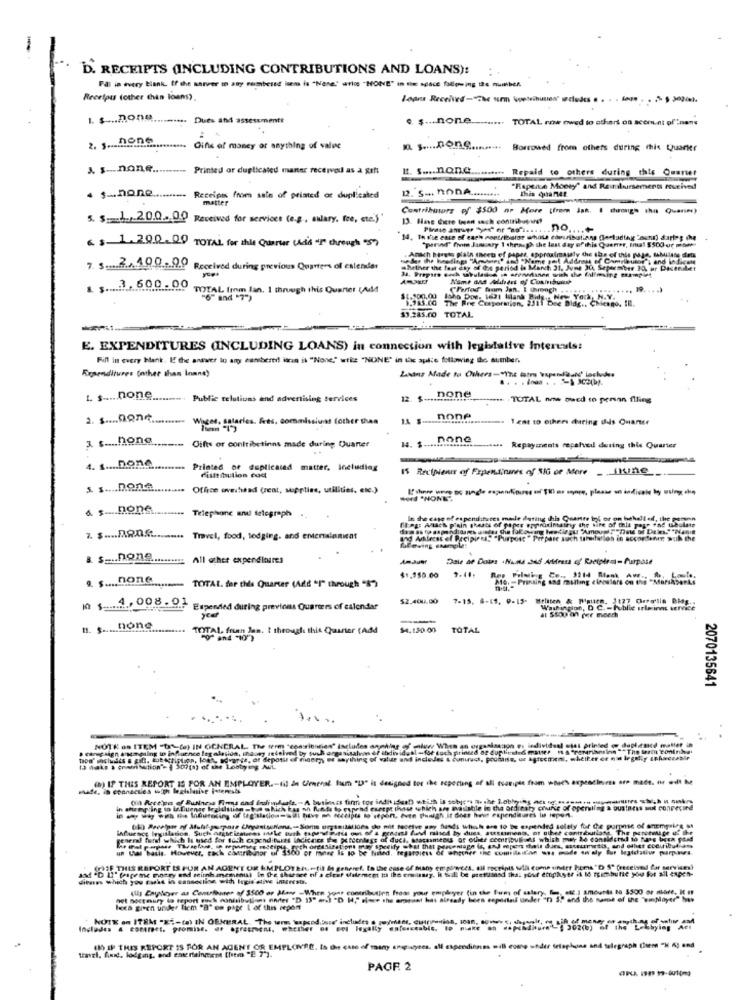
D. RECEIPTS (INCLUDING CONTRIBUTIONS AND LOANS):
Fal in every blank. If the antver in asy combesed lem is "None"" ario "NONE" in tix space following the number
Receipus (other than loans)
1. $ ... none
ta. Dues and assessmentt
e. $ -.. none ........ TOTAL now owed to others on sconunt of'inans
e $ ... none
:
ata Gins of money or anything of valve
n $ .... none.
Borrowed from others during this Quarter
J. $-none ...
---- Printed or duplicated manter received as a gift
I. s .... none.
ms ..... Repaid to others during this Quarter
. s-hone
22. S -. nonA ..
"Rapence Moety" and Reislersements reveived
This quanet.
........ Receipt from sale of printed or duplicated
matter
Contributors of $500 np More (from Jak. I dwong" tha Quanm)
5. $ 1,200.00 Received for services (e.g ., awary, fee, etc.)'
13. Have dicte tosen sech contribopinet
.no .... +
& $ 1.200.00 TOTAL for this Quarter (Ais "" through "S)
"period" from January 1 through the last day of this Quener, Imal $500 ur momme
Heder the headings "Armband" and "Nome pal Address of Chmellettog", and indicete
Anach hirste glals sheets of paper, approximately the sle of this page, sahlane deta
7 $ .....?.... 40.0 ..... 0 Received during previous Quarters of estersler
34. Prepare doch salulast & ch oreorkanen with the filming stamp Ft
Bether the last day of die period la Manch 31, June 30, Sepaesiber 30, ar Pasemilet
Name and Alleest of Contribuiuk
. s ...... .. 6.0.0 . 00
TOTAL from lan. 1 through this Quarter (MM
Crerfod" from Jan. I Chronch ...... ........... 39. ... )
Isha Dos- 1621 Milank Pids .. New York, N.Y.
The Pre Ciapermien, 2311 Dee Bidg .. Chicago, Il.
$3.285.00 TOTAL
E. EXPENDITURES (INCLUDING LOANS) in connection with legislative Interests:
Fill in every blank. If the answer to amg canbered inn il "None" wri "NONE" in the aplie following the number.
Expenditures (other than Inans)
none
1. $ ... none
Public relations and advertising services
12. $-
TUTAL now oued to perenn flling
.......
Winger, salarle
fiets, commissiust fother than
none
Teat to others during dis Ouanee
3 ..... hong
none
Oifts or conltibetinns made during Quarter
14. $ .......
Repayments repelved during this Quarter
4. 1 .... Donc
Printed or duplicaced matter, Including
15 Recipient of Frpendinines of SG of More - Line
Filltibulion cod
Office overhead (rent, sprties, utilities, etc.)
-"NONE".
Telephone and telegraph ..
flag: Auch plain ghosts of paper erproximatry the wife of this page "he utbola
In the case of expenditures made during this Quante tol or on hahalied, the person
Travel, food, tedging. and entersionicat
and Address of Recipient, "Purpose " Perpare suach tamifallos in accordoner; with the
Leving example:
& $=Polisenssssssss All other expenditures
Dais af Dotes .Nund Jed Alfrasi of Roetplem- Purpose
9. $ .... none
TOTAL. far this Quarter (Add "I" through "%")
$1.150.00
9.44,
4,008.01
$2.400.00 7-15. 8-11, 9-13-
Expended during previons Quarters of calendar
year
Washington, D C. - Publie irle innt service
.... none
TOTAL, fren Jan. t through this Quarter (Add
$4.120.00
TOTAL
2070135641
NOTE os ITEM "DA (e) IN OCNERAL. The term "contribities" includes angehlar of luwe When an organisacon @ individual -tel printed @ dupl,este matter in
wid, al -for tuch printed de duplieste& matter Is "rariansinn ""The farm "tontnhs.
() IF THIS REPORT 15 FOR AN EMPLOYER .- til an Umerat fim "I" is designed for the reporting af all teoriget from wtues expeadinirs or madt. the edt Me
in after ing to la.luenge Iralaltting -ta which kas of funds to expand except those which are avasiable to the ordinary crufie of operating a business mut conrecind
general feraf which Is used for 1och expenditures indicates the percentage of duch, bacasmenus of other ceenbuilds which may be considered to na's been paid
and -D Il" frageme nocry end seinh.memenu) In the shaesce of a elest delement to the entry, i Shall be postumed that your etupkyer if 10 tsimbutie you for sil enpen-
SIE THIS REPORT IS FUR AN ADEN'T OR IMPLOTEH .- til Is generel. to the case of Many emplinces, all receipts will come sinder hems"D " (received for services)
dieses which you raskt in cansestion with logis elive imtrests.
(U) Zayiloyer as Comforter of 3500 or Man -When your contribution froms your employer (in the Sum of salary, , etc.) amounts to 5500 or thbre, It If
het noctesury do report euch contributions onder "D 13" mal "D "," sime the areaat has already been reportedd under "n " and the name of the "wmplayer" bes
lexa given undder ficm "B" on page 1 of this report
NOTE an ITEM "XS-(a) IN GENERAL. The term wapend.buse' includes a poy/mees, citronsion, ICan, Bowww , dassmir, of sin ef mener
Includes & correct, promise. er agresrent, whether os sel legally enforceable. 1 uke * *******
travel, Que, lodging, and entertainment (htm "E 7").
( IF THIS REPORT IS FOR AN AGENT OR EMPLOIVRE. Is the case of many ampiayees, all expendienss will come under telephone and telegraph (hem "H 6; and
PAGE 2